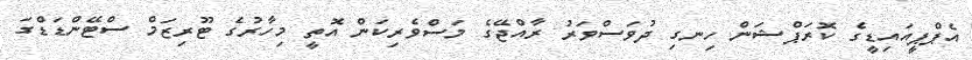
އެޕްޕީއައިޑީގެ ކޮރަޕްޝަން ހިނގި ދުވަސްވަރު ރާއްޖޭގެ މަސްވެރިކަން އޮތީ މިހާރުގެ ޓޫރިޒަމް ސްޓޭންޑަޑްގަ